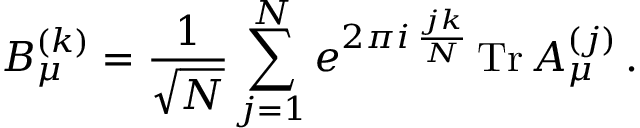
B _ { \mu } ^ { ( k ) } = { \frac { 1 } { \sqrt { N } } } \sum _ { j = 1 } ^ { N } e ^ { 2 \pi i \, { \frac { j k } { N } } } \, \mathrm { T r } \, A _ { \mu } ^ { ( j ) } \, .